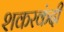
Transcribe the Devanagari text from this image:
शकरकंदी